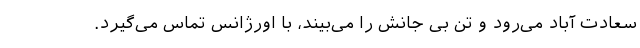
سعادت آباد می‌رود و تن بی جانش را می‌بیند، با اورژانس تماس می‌گیرد.